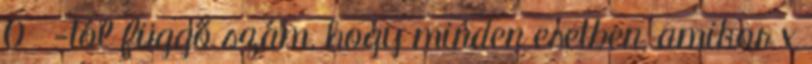
0 ε-tól függő szám, hogy minden esetben, amikor x